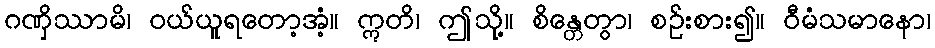
ဂဏှိဿာမိ၊ ဝယ်ယူရတော့အံ့။ ဣတိ၊ ဤသို့။ စိန္တေတွာ၊ စဉ်းစား၍။ ဝီမံသမာနော၊